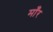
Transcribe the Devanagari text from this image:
माँर